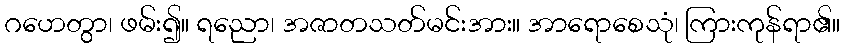
ဂဟေတွာ၊ ဖမ်း၍။ ရညော၊ အဇာတသတ်မင်းအား။ အာရောစေသုံ၊ ကြားကုန်ရာ၏။